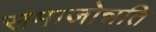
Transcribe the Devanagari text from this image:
समाजोन्नति